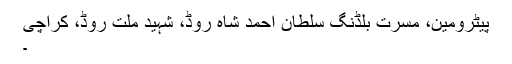
پیٹرومین، مسرت بلڈنگ سلطان احمد شاہ روڈ، شہید ملت روڈ، کراچی
۔